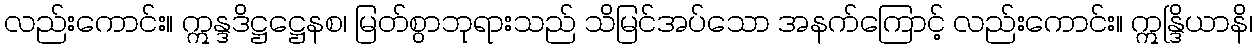
လည်းကောင်း။ ဣန္ဒဒိဋ္ဌဋ္ဌေနစ၊ မြတ်စွာဘုရားသည် သိမြင်အပ်သော အနက်ကြောင့် လည်းကောင်း။ ဣန္ဒြိယာနိ၊